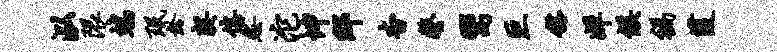
泓限端珉龄契僖怨沱坤邸杳鏊鬻巨髂婵候祸葭